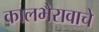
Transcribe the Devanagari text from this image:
कालभैरावाचे